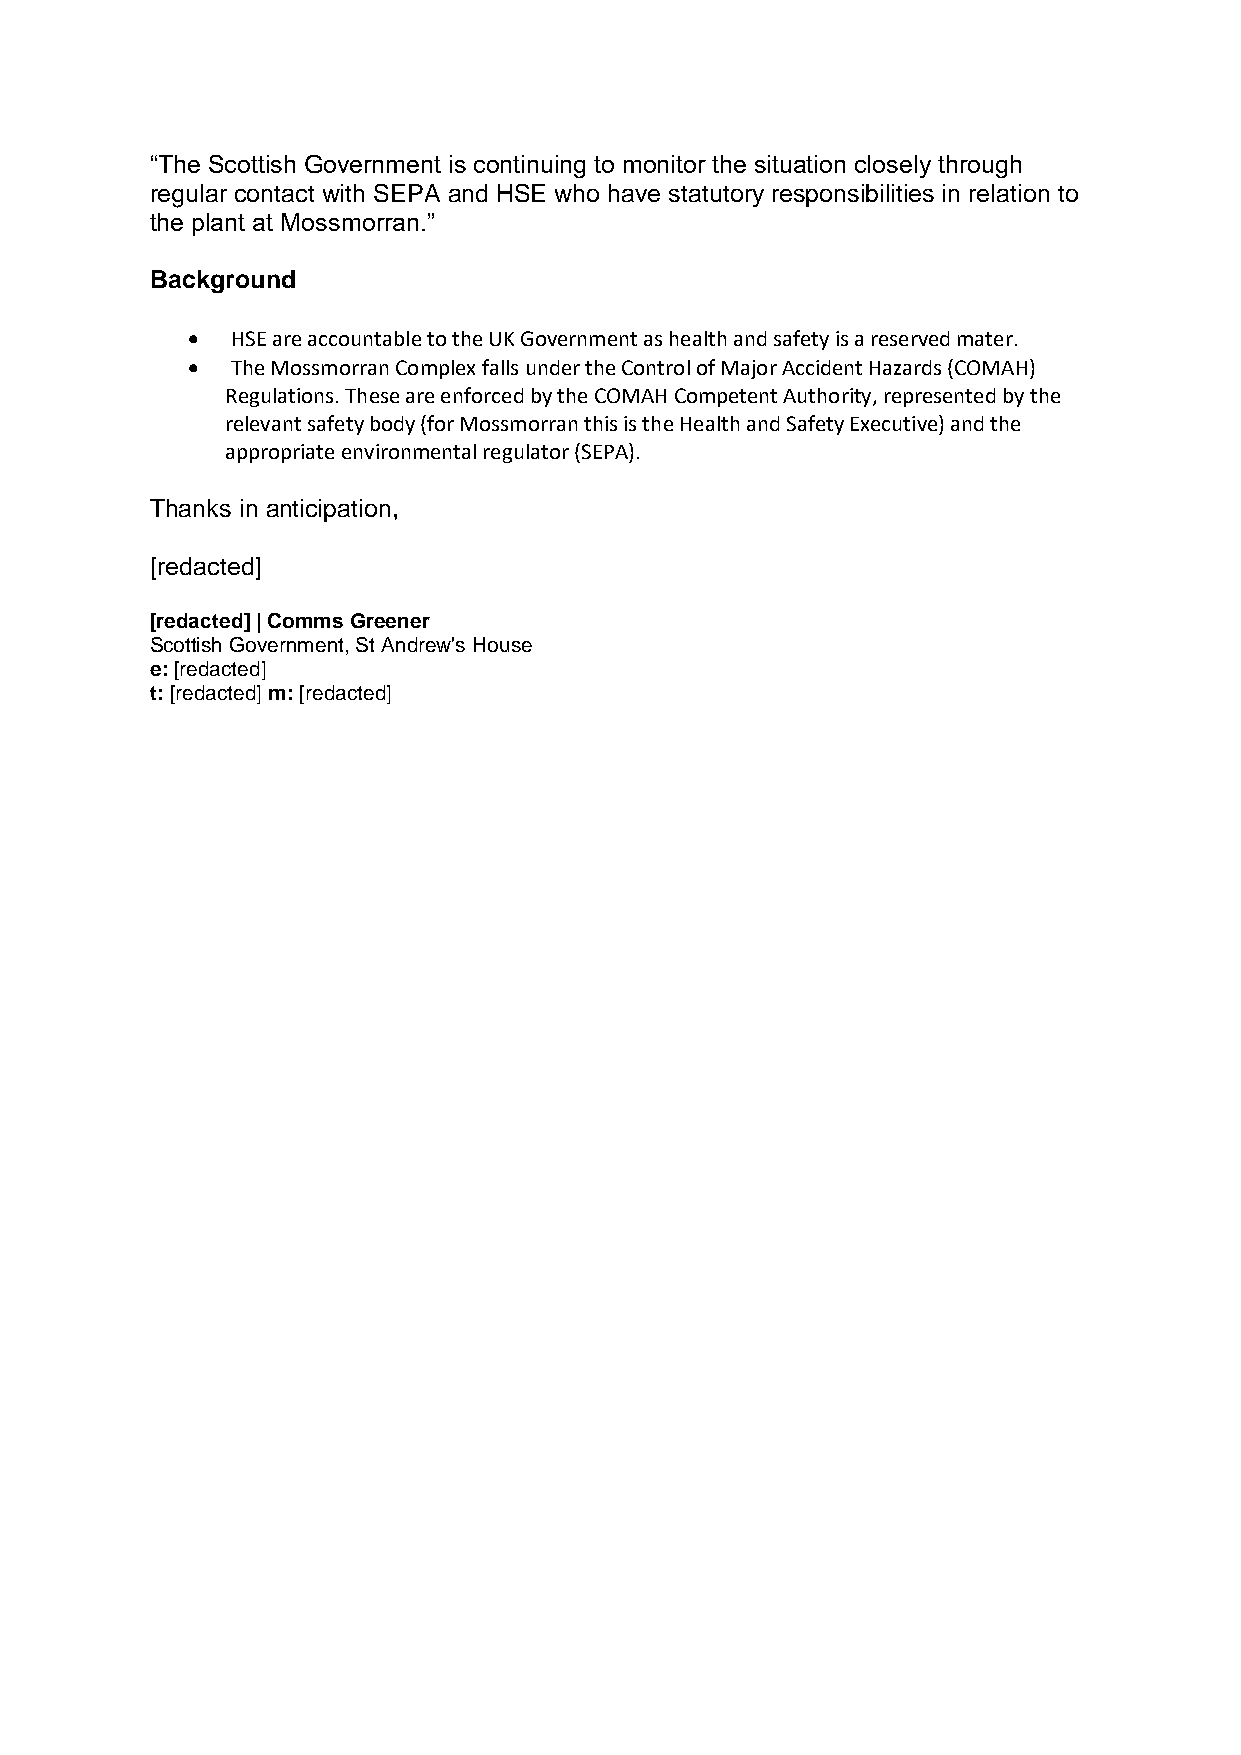
“The Scottish Government is continuing to monitor the situation closely through
 regular contact with SEPA and HSE who have statutory responsibilities in relation to
 the plant at Mossmorran.”
 Background
   HSE are accountable to the UK Government as health and safety is a reserved mater.
   The Mossmorran Complex falls under the Control of Major Accident Hazards (COMAH)
 Regulations. These are enforced by the COMAH Competent Authority, represented by the
 relevant safety body (for Mossmorran this is the Health and Safety Executive) and the
 appropriate environmental regulator (SEPA).
 Thanks in anticipation,
 [redacted]
 [redacted] | Comms Greener
 Scottish Government, St Andrew's House
 e: [redacted]
 t: [redacted] m: [redacted]